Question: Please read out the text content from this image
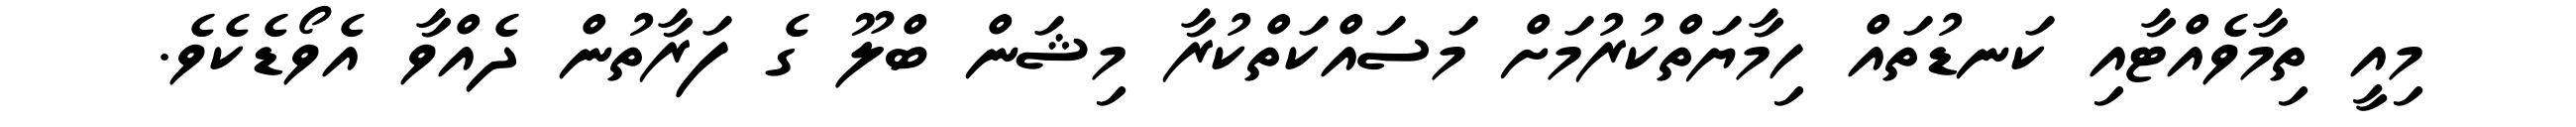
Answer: މިއީ ތިމާވެއްޓާއި ކަނޑުތައް ހިމާޔަތްކުރުމަށް މަސައްކަތްކުރާ މިޝަން ބްލޫ ގެ ފަރާތުން ދެއްވާ އެވޯޑެކެވެ.